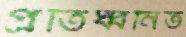
প্রতিধ্বনিত